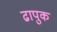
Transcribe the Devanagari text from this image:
ढापुक